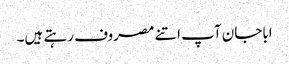
اباجان آپ اتنے مصروف رہتے ہیں۔